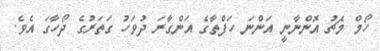
ހޯމް މެޗު އޮންނާނީ އަންނަ ހަފްތާގެ އަންގާރަ ދުވަހު ގަތަރުގެ ދޯހާގަ އެވެ.